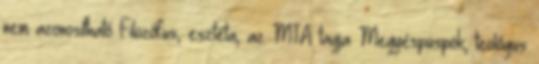
nem azonosítható Filozófus, esztéta, az MTA tagja Megyéspüspök, teológus